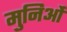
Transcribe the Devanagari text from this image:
मुनिओं